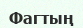
Фагтың